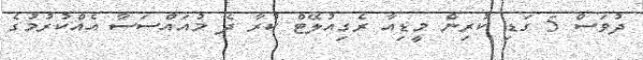
ދުވަސް 5 ގަޑި ކުރިން މީޑިއާ ރެގިއުލޭޓް ކުރާ ދެ މުއައްސަސާ އެއްކުރުމުގެ